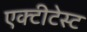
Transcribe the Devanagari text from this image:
एक्टीटेस्ट